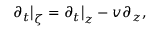
\partial _ { t } \big | _ { \zeta } = \partial _ { t } \big | _ { z } - v \partial _ { z } ,